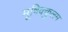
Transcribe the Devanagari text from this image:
मूषिक्कुलम